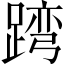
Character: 𨂺